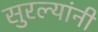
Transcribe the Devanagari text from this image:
सुरल्यांनी